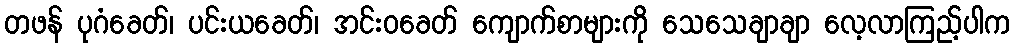
တဖန် ပုဂံခေတ်၊ ပင်းယခေတ်၊ အင်းဝခေတ် ကျောက်စာများကို သေသေချာချာ လေ့လာကြည့်ပါက